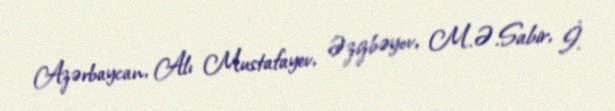
Azərbaycan, Alı Mustafayev, Əzizbəyov, M.Ə.Sabir, İ.